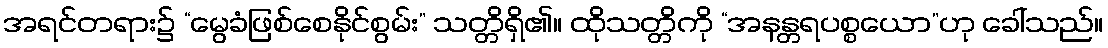
အရင်တရား၌ “မွေခံဖြစ်စေနိုင်စွမ်း” သတ္တိရှိ၏။ ထိုသတ္တိကို “အနန္တရပစ္စယော”ဟု ခေါ်သည်။